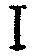
I